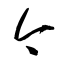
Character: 今